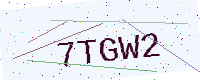
Text: 7TGW2